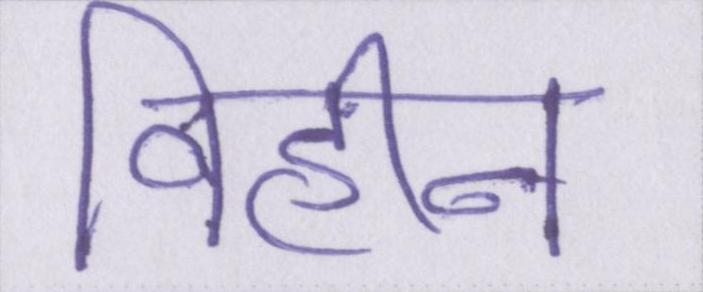
विहीन